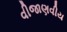
વીજાણવીય